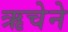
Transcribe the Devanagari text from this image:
ऋचेने